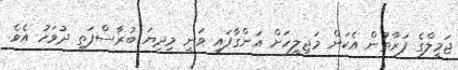
ޖަމީލްގެ ފަރާތުން އެކަން މަޖިލީހަށް އަންގާފައި ވަނީ މިދިޔަ ބުރާސްފަތި ދުވަހު އެވެ.